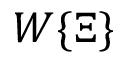
W \lbrace \Xi \rbrace